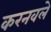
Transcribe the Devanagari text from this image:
करनवले